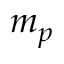
m _ { p }